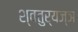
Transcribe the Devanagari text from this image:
श्वतुर्यज्ञ